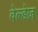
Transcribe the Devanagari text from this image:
वेल्डेज़